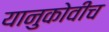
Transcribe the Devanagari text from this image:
यानुकोवीच